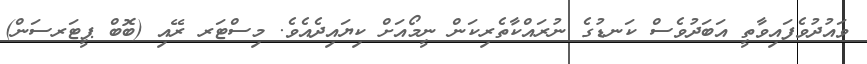
ވައުދުވެފައިވާތީ އަބަދުވެސް ކަނޑުގެ ނުރައްކާތެރިކަން ނީމޯއަށް ކިޔައިދެއެވެ. މިސްޓަރ ރޭއި (ބޮބް ޕީޓަރސަން)